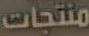
منتجات